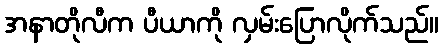
အနာတိုလီက ပီယာကို လှမ်းပြောလိုက်သည်။